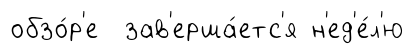
обзо́р'е зав'ерша́етс'я н'ед'е́л'ю